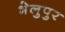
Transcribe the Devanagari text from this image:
भेलुपुर